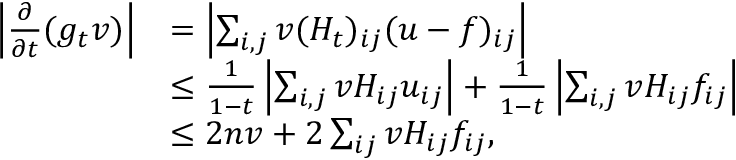
\begin{array} { r l } { \left| \frac { \partial } { \partial t } ( g _ { t } v ) \right| } & { = \left| \sum _ { i , j } v ( H _ { t } ) _ { i j } ( u - f ) _ { i j } \right| } \\ & { \leq \frac { 1 } { 1 - t } \left| \sum _ { i , j } v H _ { i j } u _ { i j } \right| + \frac { 1 } { 1 - t } \left| \sum _ { i , j } v H _ { i j } f _ { i j } \right| } \\ & { \leq 2 n v + 2 \sum _ { i j } v H _ { i j } f _ { i j } , } \end{array}